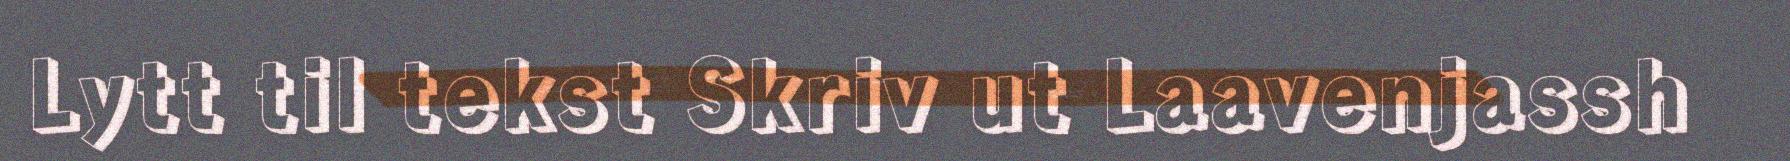
Lytt til tekst Skriv ut Laavenjassh